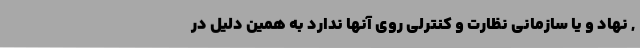
, نهاد و یا سازمانی نظارت و کنترلی روی آنها ندارد به همین دلیل در